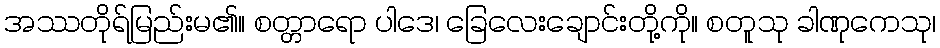
အဿတိုရ်မြည်းမ၏။ စတ္တာရော ပါဒေ၊ ခြေလေးချောင်းတို့ကို။ စတူသု ခါဏုကေသု၊